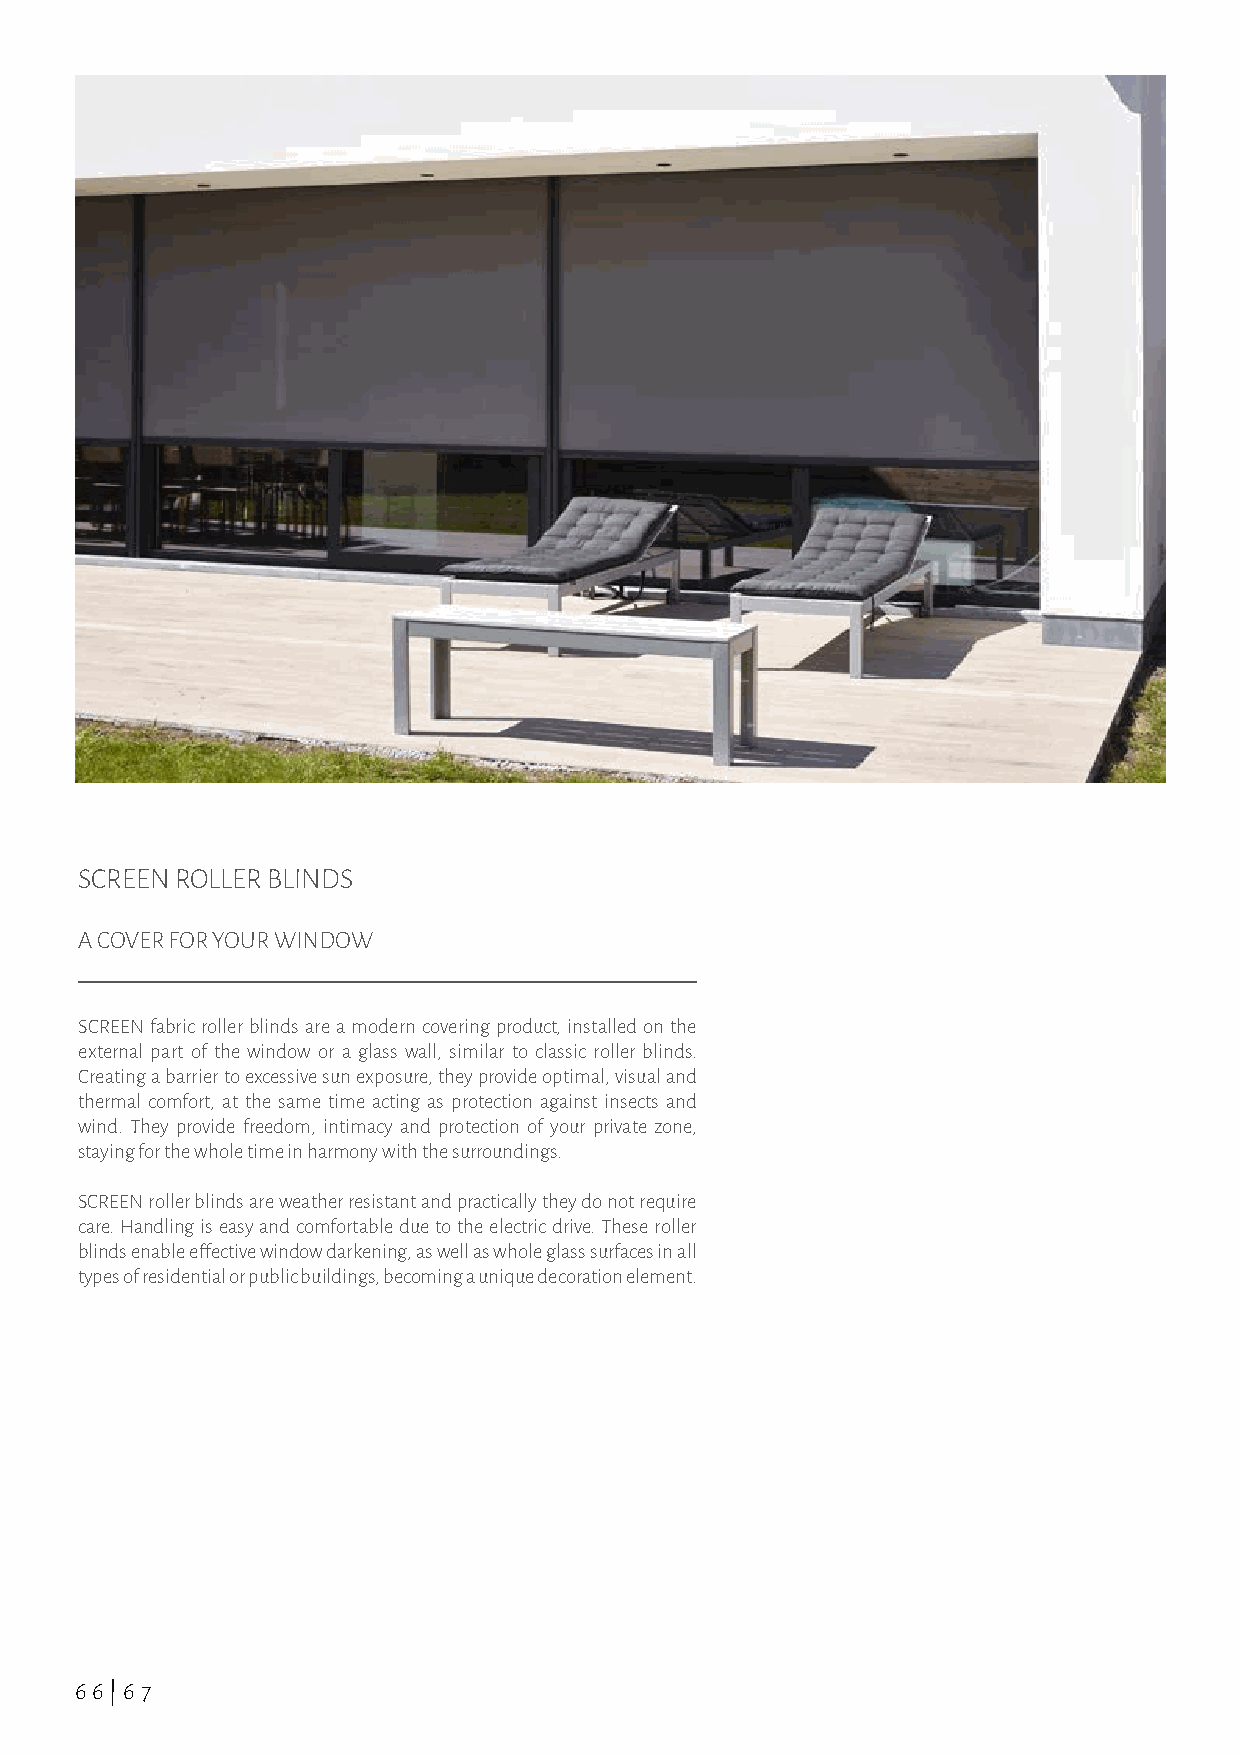
SCREEN ROLLER BLINDS
 A COVER FOR YOUR WINDOW
 SCREEN fabric roller blinds are a modern covering product, installed on the
 external part of the window or a glass wall, similar to classic roller blinds.
 Creating a barrier to excessive sun exposure, they provide optimal, visual and
 thermal comfort, at the same time acting as protection against insects and
 wind. They provide freedom, intimacy and protection of your private zone,
 staying for the whole time in harmony with the surroundings.
 SCREEN roller blinds are weather resistant and practically they do not require
 care. Handling is easy and comfortable due to the electric drive. These roller
 blinds enable effective window darkening, as well as whole glass surfaces in all
 types of residential or public buildings, becoming a unique decoration element.
 66|67